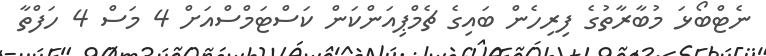
ނެޓްބޯޅަ މުބާރާތުގެ ފިރިހެން ބައިގެ ޗެމްޕިއަންކަން ކަސްޓަމްސްއަށް 4 މަސް 4 ހަފްތާ